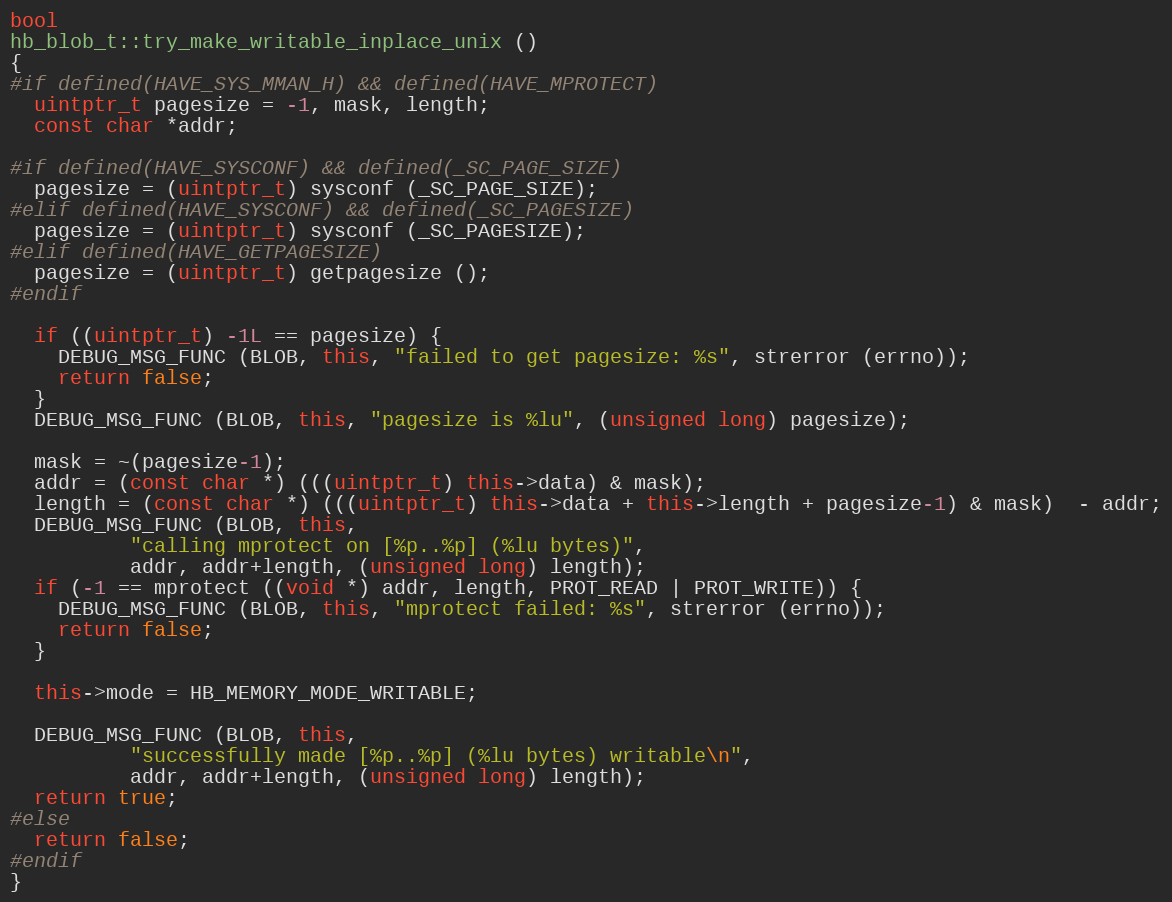
Language: C++
bool
hb_blob_t::try_make_writable_inplace_unix ()
{
#if defined(HAVE_SYS_MMAN_H) && defined(HAVE_MPROTECT)
  uintptr_t pagesize = -1, mask, length;
  const char *addr;

#if defined(HAVE_SYSCONF) && defined(_SC_PAGE_SIZE)
  pagesize = (uintptr_t) sysconf (_SC_PAGE_SIZE);
#elif defined(HAVE_SYSCONF) && defined(_SC_PAGESIZE)
  pagesize = (uintptr_t) sysconf (_SC_PAGESIZE);
#elif defined(HAVE_GETPAGESIZE)
  pagesize = (uintptr_t) getpagesize ();
#endif

  if ((uintptr_t) -1L == pagesize) {
    DEBUG_MSG_FUNC (BLOB, this, "failed to get pagesize: %s", strerror (errno));
    return false;
  }
  DEBUG_MSG_FUNC (BLOB, this, "pagesize is %lu", (unsigned long) pagesize);

  mask = ~(pagesize-1);
  addr = (const char *) (((uintptr_t) this->data) & mask);
  length = (const char *) (((uintptr_t) this->data + this->length + pagesize-1) & mask)  - addr;
  DEBUG_MSG_FUNC (BLOB, this,
		  "calling mprotect on [%p..%p] (%lu bytes)",
		  addr, addr+length, (unsigned long) length);
  if (-1 == mprotect ((void *) addr, length, PROT_READ | PROT_WRITE)) {
    DEBUG_MSG_FUNC (BLOB, this, "mprotect failed: %s", strerror (errno));
    return false;
  }

  this->mode = HB_MEMORY_MODE_WRITABLE;

  DEBUG_MSG_FUNC (BLOB, this,
		  "successfully made [%p..%p] (%lu bytes) writable\n",
		  addr, addr+length, (unsigned long) length);
  return true;
#else
  return false;
#endif
}